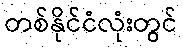
တစ်နိုင်ငံလုံးတွင်